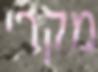
מקרי